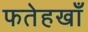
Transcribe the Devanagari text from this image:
फतेहखाँ